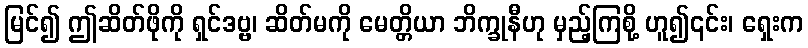
မြင်၍ ဤဆိတ်ဖိုကို ရှင်ဒဗ္ဗ၊ ဆိတ်မကို မေတ္တိယာ ဘိက္ခုနီဟု မှည့်ကြစို့ ဟူ၍၎င်း၊ ရှေးက